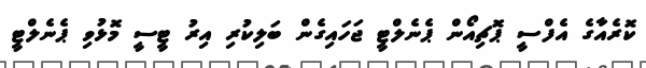
ކޮރެއާގެ އެފްސީ ޕޮޗިއޯން ޕެނެލްޓީ ޖަހައިގެން ބަލިކުރި އިރު ޓީސީ މޮޅުވި ޕެނެލްޓީ